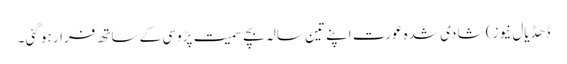
ڈھڈیال نیوز) شا دی شدہ عورت اپنے تین سالہ بچے سمیت پڑوسی کے ساتھ فرار ہو گئی ۔